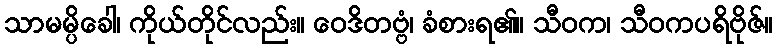
သာမမ္ပိခေါ၊ ကိုယ်တိုင်လည်း။ ဝေဒိတဗ္ဗံ၊ ခံစားရ၏။ သီဝက၊ သီဝကပရိဗိုဇ်။